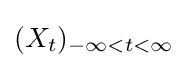
(X_{t})_{-\infty <t<\infty }